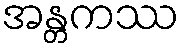
အန္တကဿ